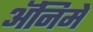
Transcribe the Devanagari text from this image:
अॅनिमे